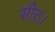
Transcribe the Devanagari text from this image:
सीत।